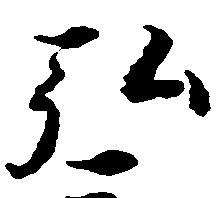
弘